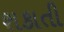
શકાતી